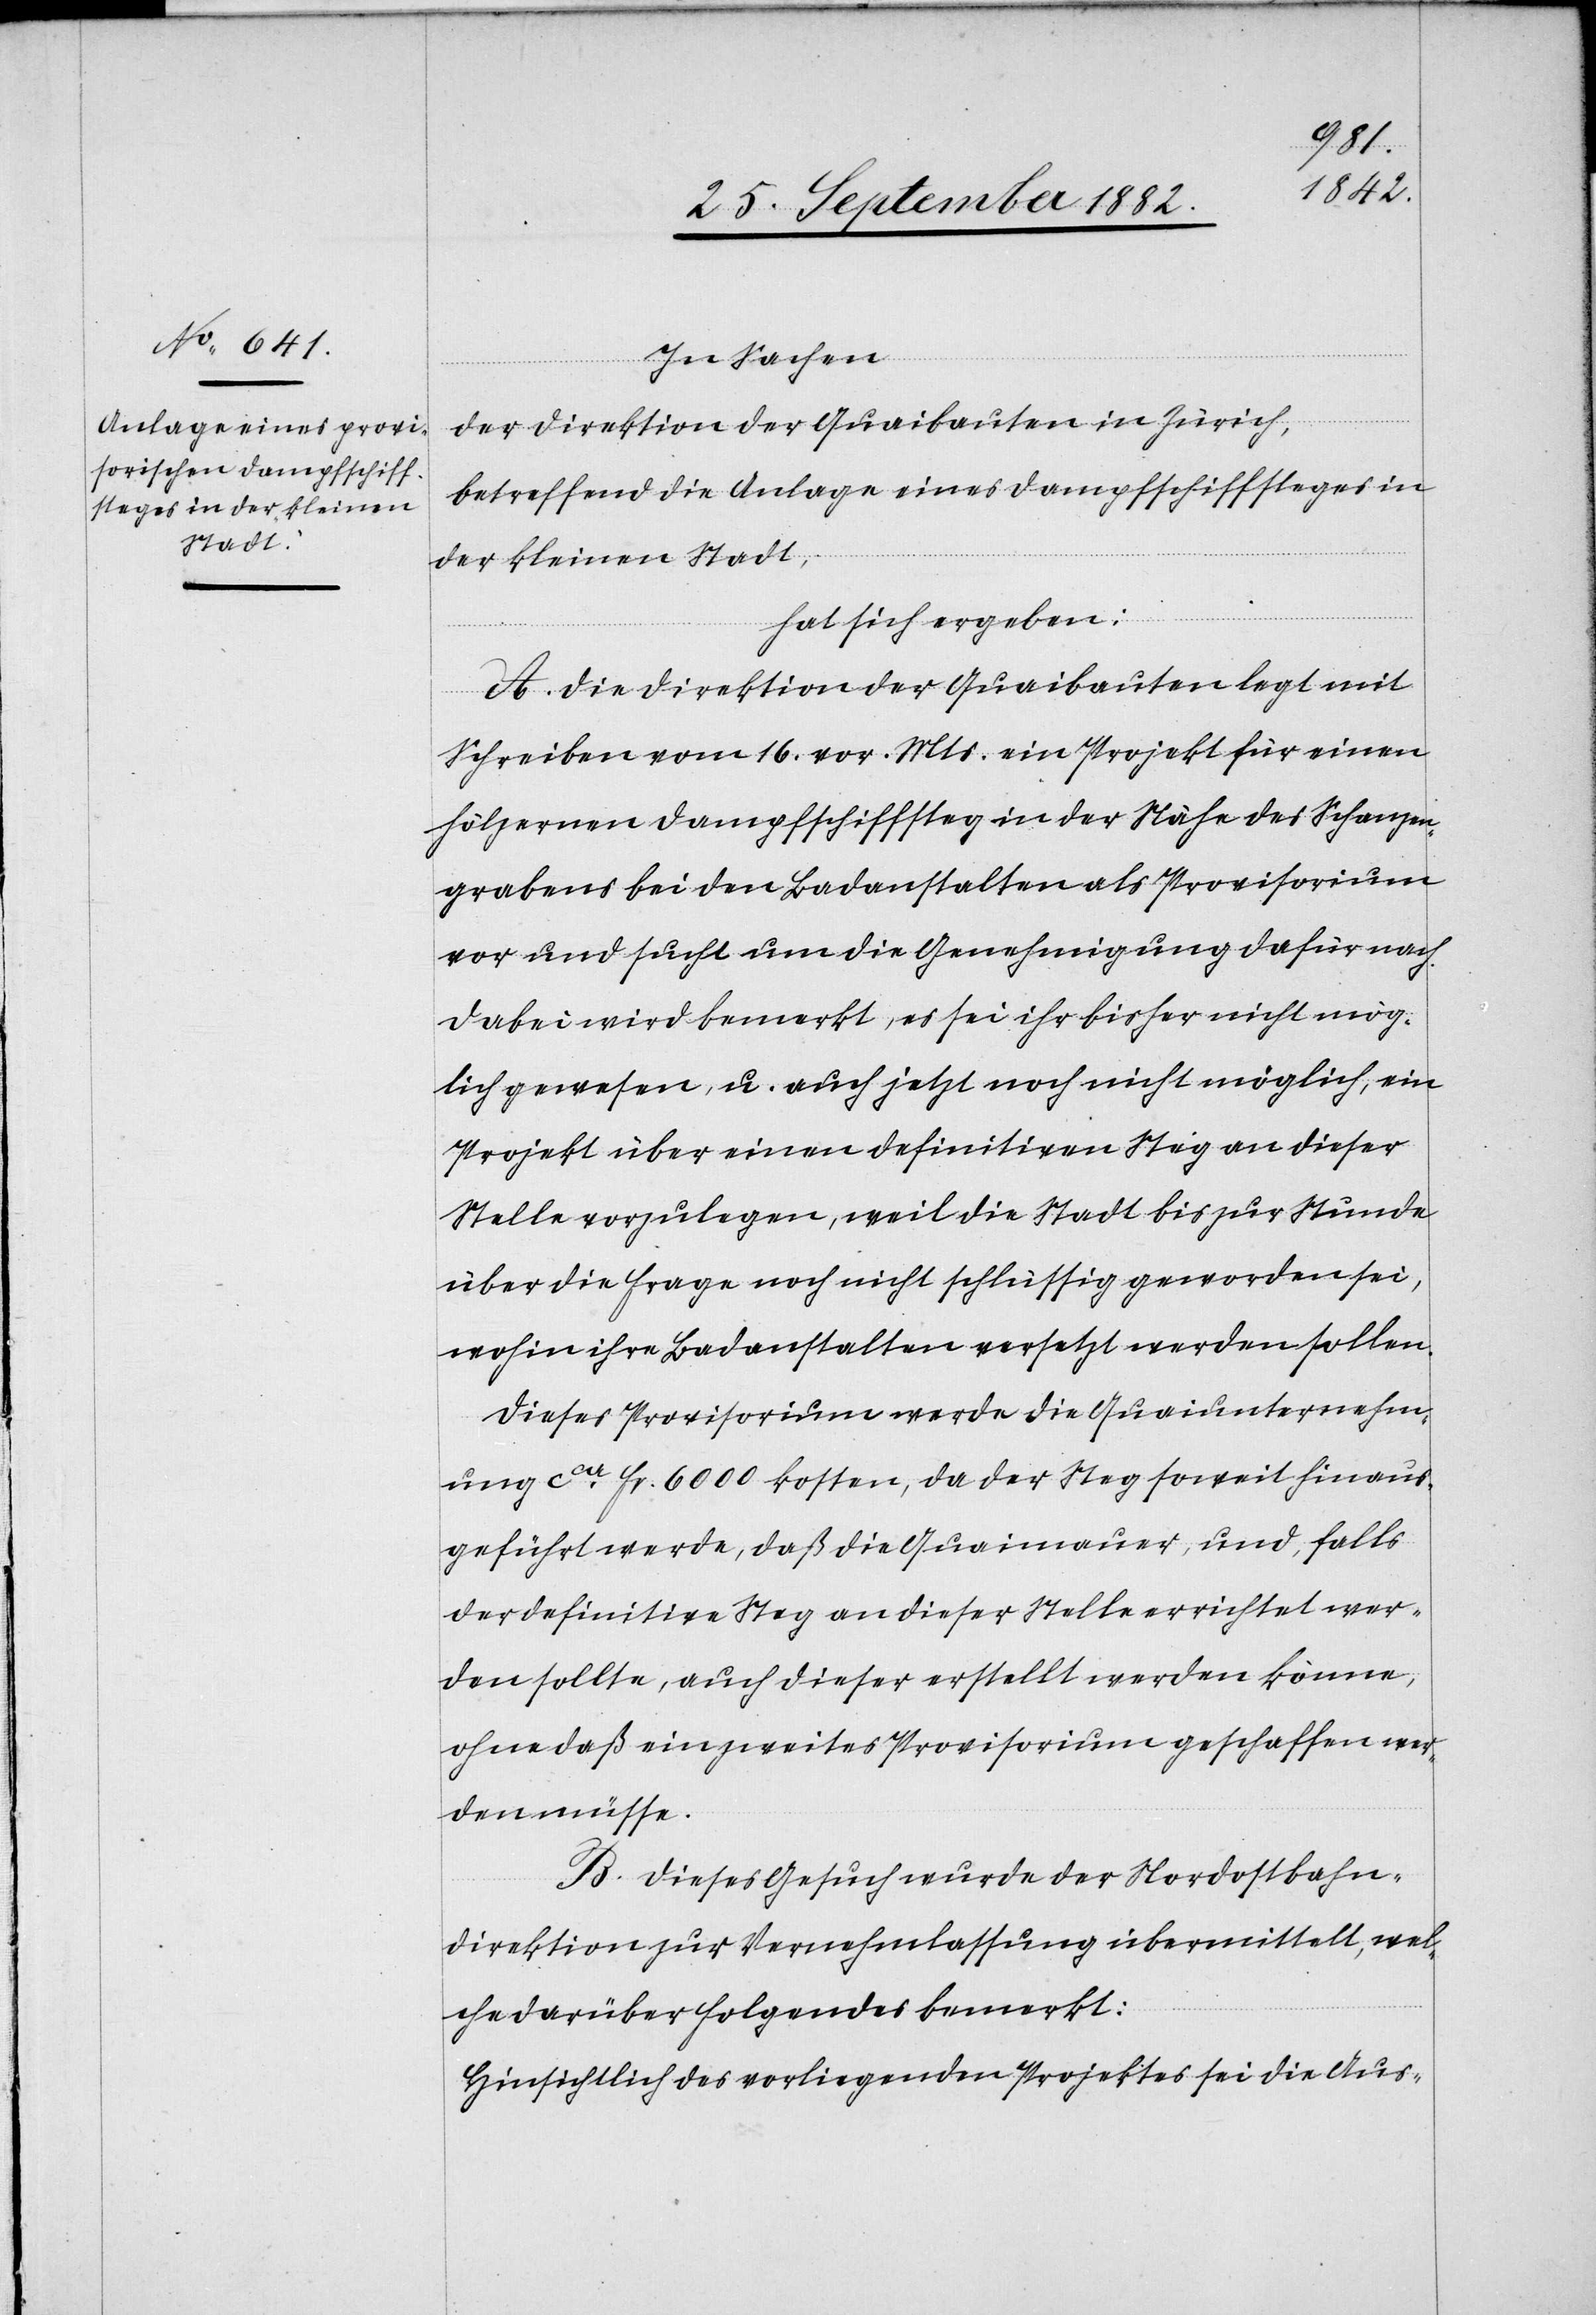
1882.]
In Sachen
der Direktion der Quaibauten in Zürich,
betreffend die Anlage eines Dampfschiffsteges in
der kleinen Stadt,
2.
hat sich ergeben:
A. Die Direktion der Quaibauten legt mit
Schreiben vom 16. vor. Mts. ein Projekt für einen
hölzernen Dampfschiffsteg in der Nähe des Schanzen¬
grabens bei den Badanstalten als Provisorium
vor und sucht um die Genehmigung dafür nach.
Dabei wird bemerkt, es sei ihr bisher nicht mög¬
lich gewesen, u. auch jetzt noch nicht möglich, ein
Projekt über einen definitiven Steg an dieser
Stelle vorzulegen, weil die Stadt bis zur Stunde
über die Frage noch nicht schlüssig geworden sei,
wohin ihre Badanstalten versetzt werden sollen.
Dieses Provisorium werde die Quaiunternehm¬
ung ca Fr. 6000 kosten, da der Steg soweit hinaus¬
geführt werde, daß die Quaimauer, und, falls
der definitive Steg an dieser Stelle errichtet wer¬
den sollte, auch dieser erstellt werden könne,
ohne daß ein zweites Provisorium geschaffen wer¬
den müsse.
B. Dieses Gesuch wurde der Nordostbahn¬
direktion zur Vernehmlassung übermittelt, wel¬
che darüber folgendes bemerkt:
Hinsichtlich des vorliegenden Projektes sei die Aus-